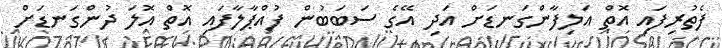
ފެތުރިފައި އޮތް އަލިފާންގަނޑަށް އަދި އޭގެ ސަބަބުން ފުއްޕާލާފައި އޮތް އޮލަ ދުންގަނޑަށް